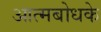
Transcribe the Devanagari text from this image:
आत्मबोधके